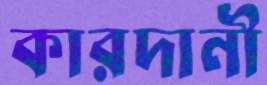
কারদানী